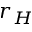
r _ { H }